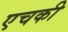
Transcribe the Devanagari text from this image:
एचकी